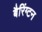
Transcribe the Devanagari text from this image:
बैरिंग्टन